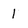
Character: l